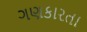
ગણકારતા